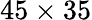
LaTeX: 45\times 35